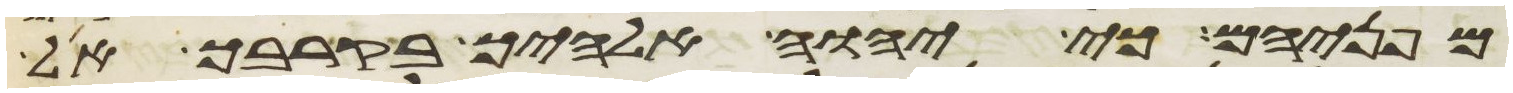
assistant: מפניהם כי יהוה אלהיך בקרבך אל